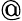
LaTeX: @